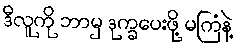
ဒီလူကို ဘာမှ ဒုက္ခပေးဖို့ မကြံနဲ့